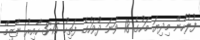
ފުލުހުން މިދިޔަ މަހުގެ 18 ވަނަ ދުވަހުގެ ފަތިހު 3:15 ހާއިރު ނާޒިމް